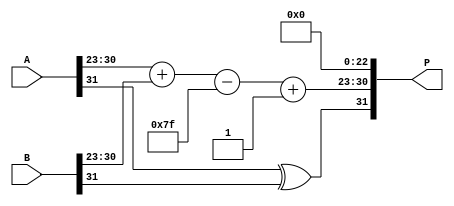
module radix4_fp_multiplier (
    input [31:0] A, // First floating-point number
    input [31:0] B, // Second floating-point number
    output reg [31:0] P // Product
);

    // IEEE 754 components
    wire sign_A = A[31];
    wire sign_B = B[31];
    wire [7:0] exp_A = A[30:23];
    wire [7:0] exp_B = B[30:23];
    wire [22:0] mant_A = A[22:0];
    wire [22:0] mant_B = B[22:0];

    // Normalized mantissas (with implicit leading 1)
    wire [23:0] norm_mant_A = {1'b1, mant_A}; // Normalized mantissa A
    wire [23:0] norm_mant_B = {1'b1, mant_B}; // Normalized mantissa B

    // Sign of the result
    wire sign_P = sign_A ^ sign_B;

    // Exponent calculation (subtracting bias)
    wire [8:0] exp_sum = {1'b0, exp_A} + {1'b0, exp_B} - 8'd127;

    // Partial product generation using Radix-4 Booth's algorithm
    wire [47:0] partial_product; // Adjust size for partial products
    reg [47:0] pp[0:3]; // Array for partial products
    integer i;

    always @(*) begin
        // Initialize partial products to zero
        for (i = 0; i < 4; i = i + 1) begin
            pp[i] = 48'b0;
        end

        // Generate partial products based on Radix-4 Booth encoding
        // Booth encoding logic (simplified for demonstration)
        // Assuming a simple case for 4 bits of mantissa
        // This should be expanded to handle full mantissas
        pp[0] = norm_mant_A * norm_mant_B[1:0]; // Example for first pair
        pp[1] = norm_mant_A * norm_mant_B[3:2]; // Example for second pair
        pp[2] = norm_mant_A * norm_mant_B[5:4]; // Example for third pair
        pp[3] = norm_mant_A * norm_mant_B[7:6]; // Example for fourth pair

        // Accumulate partial products (simple addition)
        partial_product = pp[0] + pp[1] + pp[2] + pp[3];
    end

    // Result mantissa (first 24 bits for normalization)
    wire [47:0] result_mantissa = partial_product[46:24]; // Adjust as necessary

    // Normalization of result mantissa
    reg [23:0] final_mantissa;
    reg [7:0] final_exp;
    always @(*) begin
        if (result_mantissa[47] == 1) begin
            final_mantissa = result_mantissa[46:24]; // Already normalized
            final_exp = exp_sum;
        end else begin
            // Normalize by shifting
            final_mantissa = result_mantissa[46:25]; // Shift right
            final_exp = exp_sum + 1; // Increment exponent
        end
    end

    // Construct final product
    always @(*) begin
        P = {sign_P, final_exp[7:0], final_mantissa[22:0]};
    end

endmodule